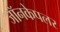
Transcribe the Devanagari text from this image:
जॉनकेपलर